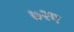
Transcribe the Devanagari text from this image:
७२ए